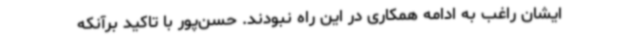
ایشان راغب به ادامه همکاری در این راه نبودند. حسن‌پور با تاکید برآنکه